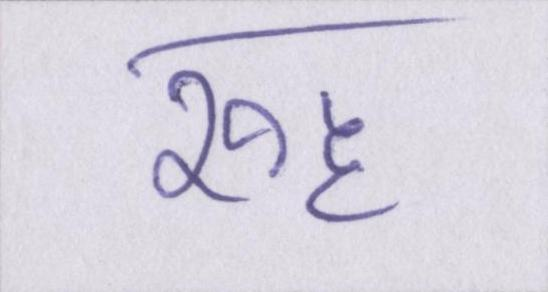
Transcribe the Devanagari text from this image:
रूह